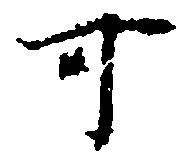
可